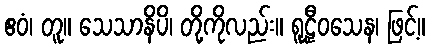
ဧဝံ၊ တူ။ သေသာနိပိ၊ တို့ကိုလည်း။ ရူဠှီဝသေန၊ ဖြင့်။